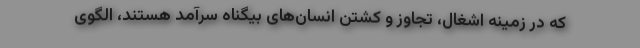
که در زمینه اشغال، تجاوز و کشتن انسان‌های بیگناه سرآمد هستند، الگوی